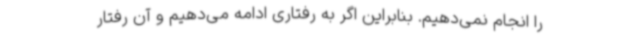
را انجام نمی‌دهیم. بنابراین اگر به رفتاری ادامه می‌دهیم و آن رفتار